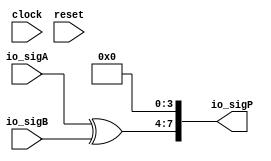
module PositMul5_0_xor(
  input        clock,
  input        reset,
  input  [3:0] io_sigA,
  input  [3:0] io_sigB,
  output [7:0] io_sigP
);
  wire [3:0] _T; // @[PositMul.scala 51:23]
  wire [3:0] _T_1; // @[PositMul.scala 51:23]
  wire [3:0] _T_2; // @[Cat.scala 29:58]
  assign _T = $signed(io_sigA) ^ $signed(io_sigB); // @[PositMul.scala 51:23]
  assign _T_1 = $signed(_T); // @[PositMul.scala 51:23]
  assign _T_2 = $unsigned(_T_1); // @[Cat.scala 29:58]
  assign io_sigP = {_T_2,4'h0}; // @[PositMul.scala 51:9]
endmodule